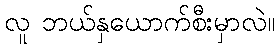
လူ ဘယ်နှယောက်စီးမှာလဲ။